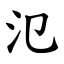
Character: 氾